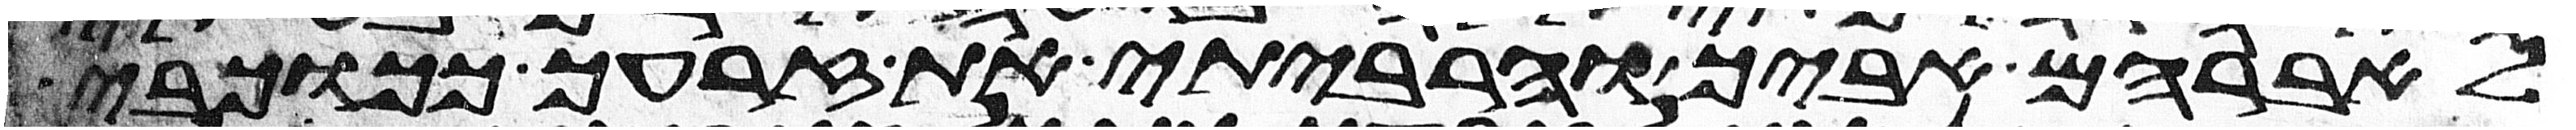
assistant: לאברהם אביך והרביתי את זרעך ככוכבי